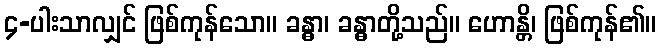
၄-ပါးသာလျှင် ဖြစ်ကုန်သော။ ခန္ဓာ၊ ခန္ဓာတို့သည်။ ဟောန္တိ၊ ဖြစ်ကုန်၏။